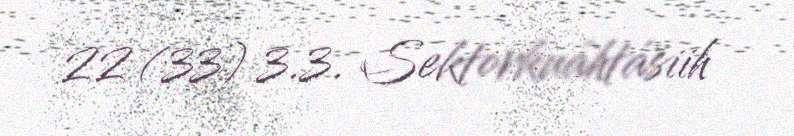
22 (33) 3.3. Sektorkuáhtásiih